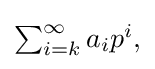
{\textstyle \sum _{i=k}^{\infty }a_{i}p^{i},}